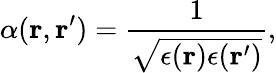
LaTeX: \alpha(\mathbf{r},\mathbf{r}^{\prime})=\frac{1}{\sqrt{\epsilon(\mathbf{r})\epsilon(\mathbf{r}^{\prime})}},